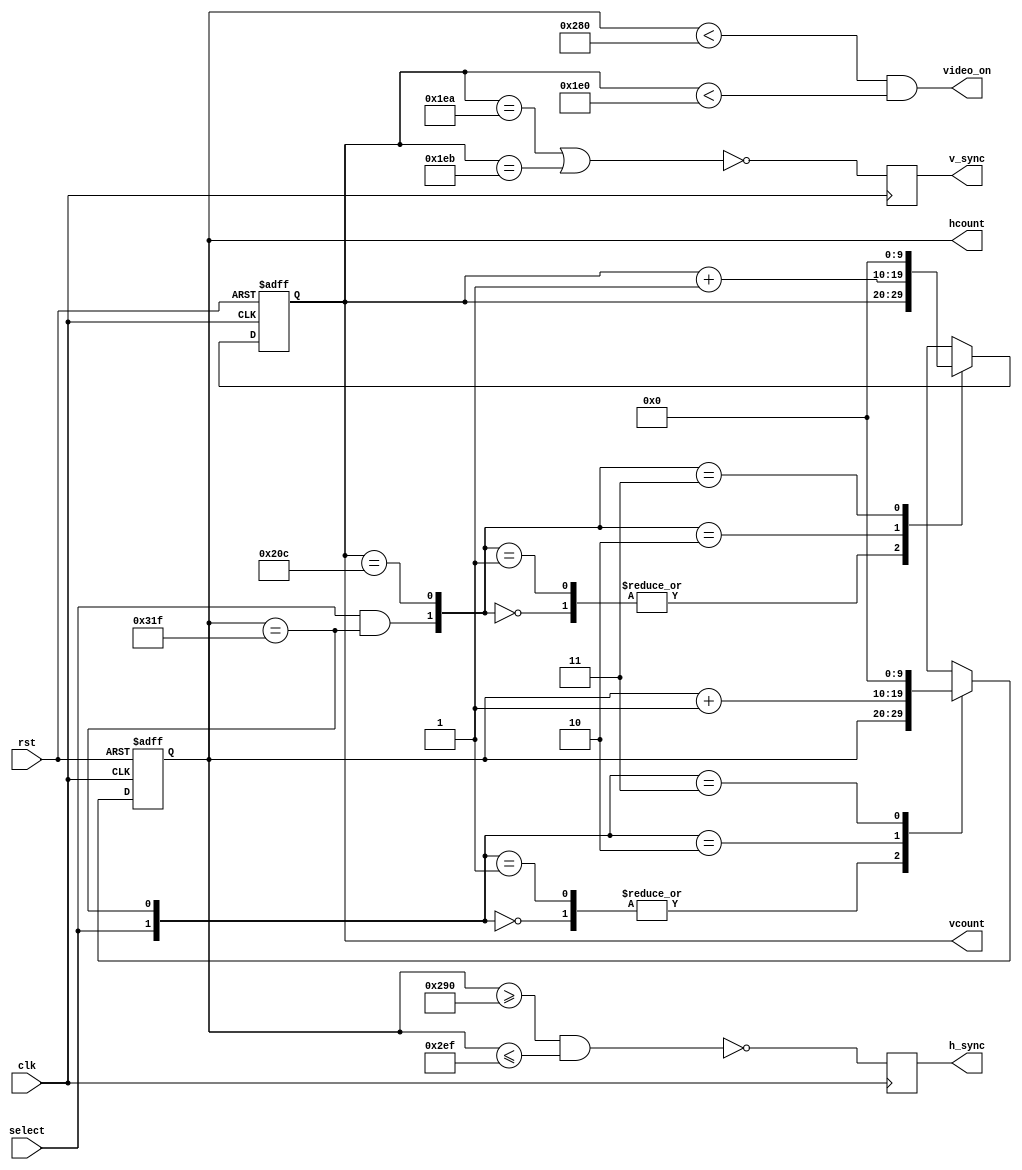
`timescale 1ns / 1ps
//////////////////////////////////////////////////////////////////////////////////
// 	File name: Horizontal scan and combination with vertical scan				//
//    																			//
//		Copyright @2019 Anh Nguyen. All rights reserved.						//
//																				//
//////////////////////////////////////////////////////////////////////////////////

module allsync(clk,rst,select,hcount,vcount,h_sync,v_sync,video_on);
	input 			clk,rst,select;
	output reg 		h_sync,v_sync;
	output reg [9:0] hcount,vcount;
	reg 				hSyncReg,vSyncReg;
	reg [9:0] 		hncount,vncount;
	output wire 	video_on;
	wire 				h_count,v_count,h_vid,v_vid;
	
	//Horizontal scan
	//count from 0 to 799
	assign h_count =(hcount == 10'd799);
	
	always@ (posedge clk, posedge rst)
		if (rst)
			hcount <= 10'b0;
		else 
			hcount <= hncount;
	
	//mux 4:1
	always@ (*)
		case({select,h_count})
			2'b00: hncount = hcount;
			2'b01: hncount = hcount;
			2'b10: hncount = hcount + 10'b1;
			2'b11: hncount = 10'b0;
		endcase
	
	//horizontal sync signal is low active from 656-751
	always@ (posedge clk)
		h_sync = ~((hcount >= 10'd656) && (hcount <= 10'd751));
	
	//horizontal video signal is high active from 0-639
	assign h_vid = (hcount < 10'd640);	

	//Vertical Scan
	//count from 0 to 524
	assign v_count =(vcount == 10'd524);
	
	always@ (posedge clk, posedge rst)
		if (rst)
			vcount <= 10'b0;
		else 
			vcount <= vncount;
	
	//mux 4:1
	always@ (*)
		case({{select && h_count},v_count})
			2'b00: vncount = vcount;
			2'b01: vncount = vcount;
			2'b10: vncount = vcount + 10'b1;
			2'b11: vncount = 10'b0;
		endcase

	//vertical sync signal is low active from 490 to 491
	always@ (posedge clk)
		v_sync = ~((vcount == 10'd490) || (vcount == 10'd491));
	
	//vertical video on signal is high active from 0-479
	assign v_vid = (vcount < 10'd480);
	
	//Video ON/OFF
	//video on signal is high active when both horizontal and vertical video signal are active
	assign video_on = (h_vid && v_vid);
			
endmodule